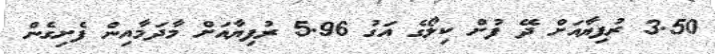
3.50 ރުފިޔާއަށް ދޭ ފުށް ކިލޯގެ އަގު 5.96 ރުފިޔާއަށް މާދަމާއިން ފެށިގެން